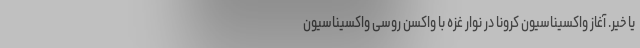
یا خیر. آغاز واکسیناسیون کرونا در نوار غزه با واکسن روسی واکسیناسیون